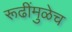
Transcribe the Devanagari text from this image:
रूढींमुळेच